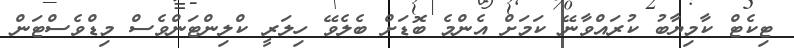
ޓިކެޓް ކާމިޔާބު ކުރައްވާނޭ ކަމަށް އެންމެ ބޮޑަށް ބެލެވޭ ހިލަރީ ކްލިންޓަންވެސް މިޑްވެސްޓަން